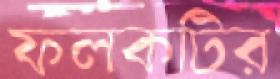
ফলকটির